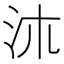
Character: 㳈